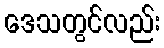
ဒေသတွင်လည်း